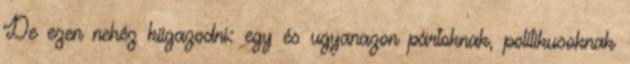
De ezen nehéz kiigazodni: egy és ugyanazon pártoknak, politikusoknak